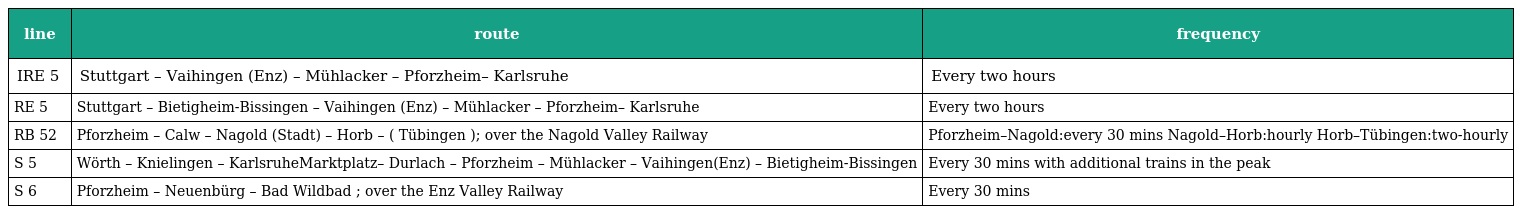
| line | route | frequency |
 | --- | --- | --- |
 | IRE 5 | Stuttgart – Vaihingen (Enz) – Mühlacker – Pforzheim– Karlsruhe | Every two hours |
 | RE 5 | Stuttgart – Bietigheim-Bissingen – Vaihingen (Enz) – Mühlacker – Pforzheim– Karlsruhe | Every two hours |
 | RB 52 | Pforzheim – Calw – Nagold (Stadt) – Horb – ( Tübingen ); over the Nagold Valley Railway | Pforzheim–Nagold:every 30 mins Nagold–Horb:hourly Horb–Tübingen:two-hourly |
 | S 5 | Wörth – Knielingen – KarlsruheMarktplatz– Durlach – Pforzheim – Mühlacker – Vaihingen(Enz) – Bietigheim-Bissingen | Every 30 mins with additional trains in the peak |
 | S 6 | Pforzheim – Neuenbürg – Bad Wildbad ; over the Enz Valley Railway | Every 30 mins |